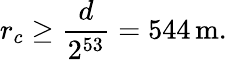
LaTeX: r_{c}\ge\frac{d}{2^{53}}=544\, \mathrm{m}.